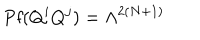
\mathrm { P f } ( Q ^ { i } Q ^ { j } ) = \Lambda ^ { 2 ( N + 1 ) }